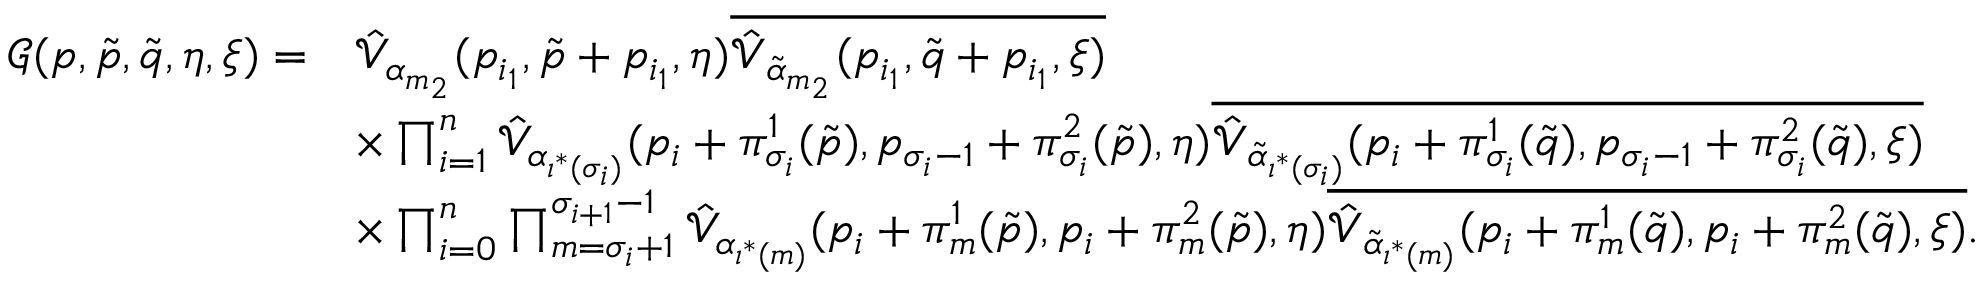
\begin{array} { r l } { \mathcal { G } ( \boldsymbol { p } , \tilde { p } , \tilde { q } , \boldsymbol { \eta } , \boldsymbol { \xi } ) = } & { \hat { \mathcal { V } } _ { \alpha _ { m _ { 2 } } } ( p _ { i _ { 1 } } , \tilde { p } + p _ { i _ { 1 } } , \boldsymbol { \eta } ) \overline { { \hat { \mathcal { V } } _ { \tilde { \alpha } _ { m _ { 2 } } } ( p _ { i _ { 1 } } , \tilde { q } + p _ { i _ { 1 } } , \boldsymbol { \xi } ) } } } \\ & { \times \prod _ { i = 1 } ^ { n } \hat { \mathcal { V } } _ { \alpha _ { \iota ^ { * } ( \sigma _ { i } ) } } ( p _ { i } + \pi _ { \sigma _ { i } } ^ { 1 } ( \tilde { p } ) , p _ { \sigma _ { i } - 1 } + \pi _ { \sigma _ { i } } ^ { 2 } ( \tilde { p } ) , \boldsymbol { \eta } ) \overline { { \hat { \mathcal { V } } _ { \tilde { \alpha } _ { \iota ^ { * } ( \sigma _ { i } ) } } ( p _ { i } + \pi _ { \sigma _ { i } } ^ { 1 } ( \tilde { q } ) , p _ { \sigma _ { i } - 1 } + \pi _ { \sigma _ { i } } ^ { 2 } ( \tilde { q } ) , \boldsymbol { \xi } ) } } } \\ & { \times \prod _ { i = 0 } ^ { n } \prod _ { m = \sigma _ { i } + 1 } ^ { \sigma _ { i + 1 } - 1 } \hat { \mathcal { V } } _ { \alpha _ { \iota ^ { * } ( m ) } } ( p _ { i } + \pi _ { m } ^ { 1 } ( \tilde { p } ) , p _ { i } + \pi _ { m } ^ { 2 } ( \tilde { p } ) , \boldsymbol { \eta } ) \overline { { \hat { \mathcal { V } } _ { \tilde { \alpha } _ { \iota ^ { * } ( m ) } } ( p _ { i } + \pi _ { m } ^ { 1 } ( \tilde { q } ) , p _ { i } + \pi _ { m } ^ { 2 } ( \tilde { q } ) , \boldsymbol { \xi } ) } } . } \end{array}